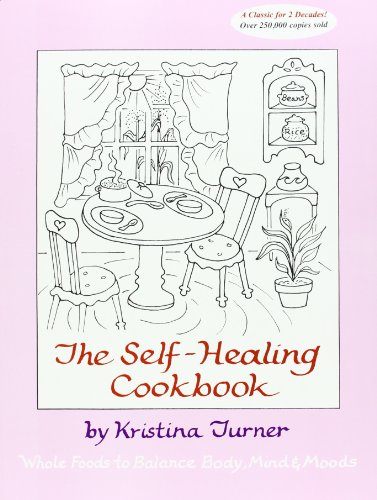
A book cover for The Self-Healing Cookbook: Whole Foods to Balance Body, Mind & Moods; Kristina Turner; Cookbooks, Food & Wine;